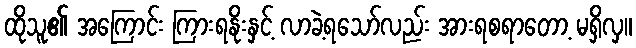
ထိုသူ၏ အကြောင်း ကြားရနိုးနှင့် လာခဲ့ရသော်လည်း အားရစရာတော့ မရှိလှ။